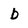
Character: b